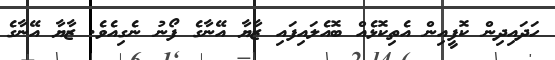
ހަދައިދިން ކޮފީއިން އެތިކޮޅެއް ބޮއެލައިފައި ޒާޔާ އޭނާގެ ފޯނު ނެގިއެވެ. ޒާޔާ އޭނާގެ